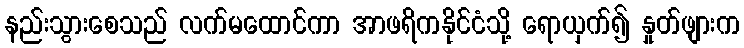
နည်းသွားစေသည် လက်မထောင်ကာ အာဖရိကနိုင်ငံသို့ ရောယှက်၍ နှုတ်ဖျားက